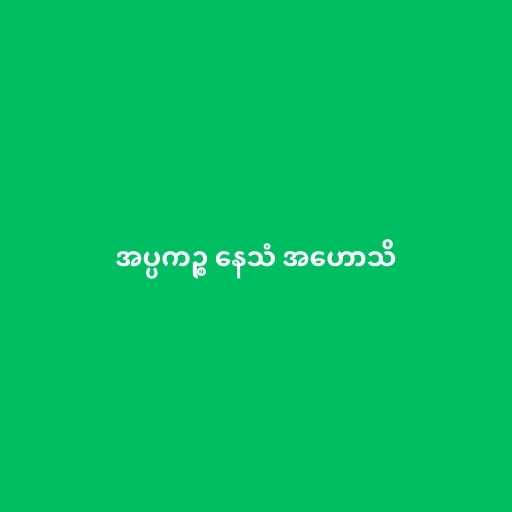
အပ္ပကဉ္စ နေသံ အဟောသိ